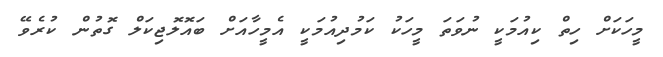
މީހަކަށް ހިތް ކިއުމަކީ ނުވަތަ މީހަކު ކަމުދިއުމަކީ އެމީހާއަށް ބައޮލޮޖިކަލް ގޮތުން ކުރެވޭ